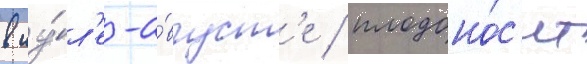
в иу́л'е-а́вгуст'е / плодоно́с'ит